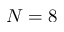
N = 8